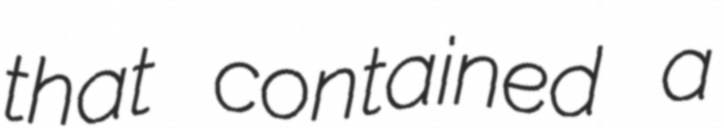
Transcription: that contained a